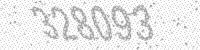
Solution: 328093